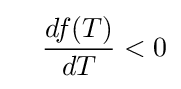
\quad {\frac {df(T)}{dT}}<0